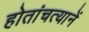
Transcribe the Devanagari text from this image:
होतांचत्यानें